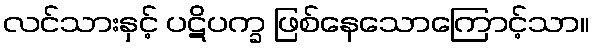
လင်သားနှင့် ပဋိပက္ခ ဖြစ်နေသောကြောင့်သာ။